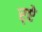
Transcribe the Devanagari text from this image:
र्‌ऐ